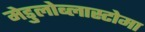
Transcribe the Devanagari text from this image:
मेडुलोब्लास्टोमा